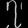
Digit: ၇